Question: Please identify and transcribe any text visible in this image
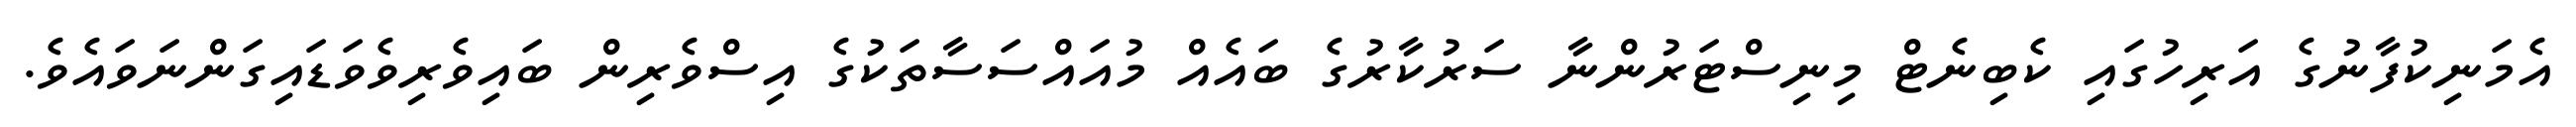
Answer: އެމަނިކުފާނުގެ އަރިހުގައި ކެބިނެޓް މިނިސްޓަރުންނާ ސަރުކާރުގެ ބައެއް މުއައްސަސާތަކުގެ އިސްވެރިން ބައިވެރިވެވަޑައިގަންނަވައެވެ.